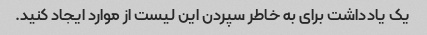
یک یادداشت برای به خاطر سپردن این لیست از موارد ایجاد کنید.